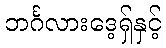
ဘင်္ဂလားဒေ့ရှ်နှင့်